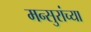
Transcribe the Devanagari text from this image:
मन्सुरांच्या